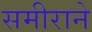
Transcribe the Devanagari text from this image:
समीराने